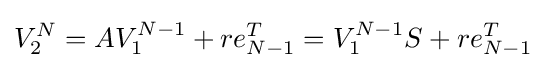
V_{2}^{N}=AV_{1}^{N-1}+re_{N-1}^{T}=V_{1}^{N-1}S+re_{N-1}^{T}